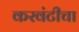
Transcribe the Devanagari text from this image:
करवंटीचा